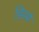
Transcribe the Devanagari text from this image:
डिस्मे